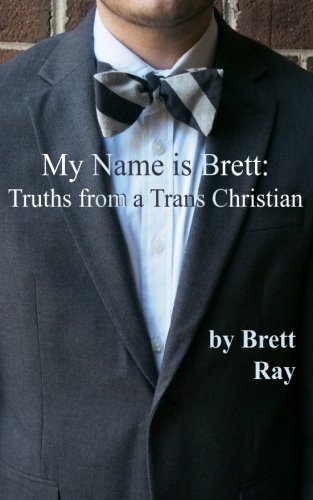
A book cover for My Name is Brett: Truths from a Trans Christian; Brett Ray; Gay & Lesbian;